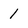
Character: 1